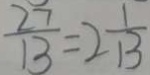
\frac { 2 7 } { 1 3 } = 2 \frac { 1 } { 1 3 }